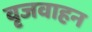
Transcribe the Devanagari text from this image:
वृजवाहन